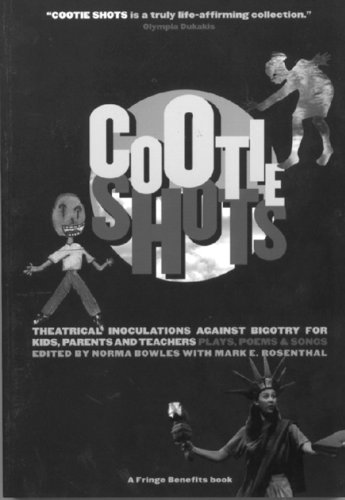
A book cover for Cootie Shots: Theatrical Inoculations Against Bigotry for Kids, Parents, and Teachers (A Fringe Benefits Project); Literature & Fiction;